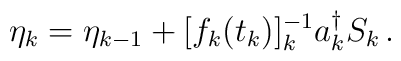
\eta_k=\eta_{k-1} + [f_k(t_k)]^{-1}_k a_k^\dagger S_k  \, .